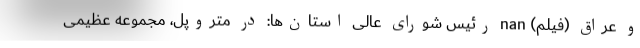
و عراق (فیلم) nan رئیس شورای عالی استان‌ها: در متروپل، مجموعه عظیمی